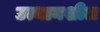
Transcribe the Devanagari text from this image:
उत्थानशील